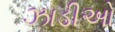
ઝાડીઓ